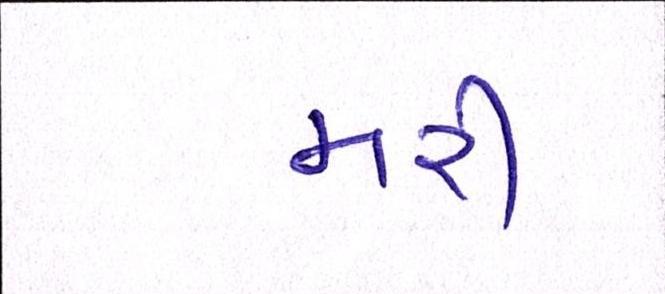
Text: મરી